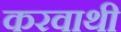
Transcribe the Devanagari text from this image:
करवाथी